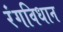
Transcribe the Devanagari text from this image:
रंगविधान